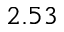
2 . 5 3